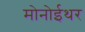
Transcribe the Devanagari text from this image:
मोनोईथर